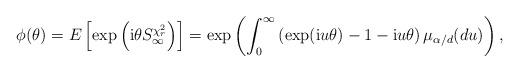
LaTeX: \begin{align*}\phi (\theta )=E\left[\exp\left(\mathrm{i}\theta S_{\infty}^{\chi^{2}_{r}}\right)\right]=\exp \left( \int_{0}^{\infty }\left( \exp(\mathrm{i}u\theta )-1-\mathrm{i}u\theta \right) \mu _{\alpha/d}(du)\right), \end{align*}